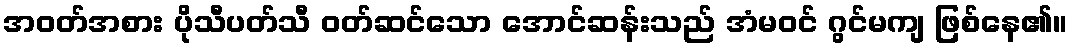
အဝတ်အစား ပိုသီပတ်သီ ဝတ်ဆင်သော အောင်ဆန်းသည် အံမဝင် ဂွင်မကျ ဖြစ်နေ၏။